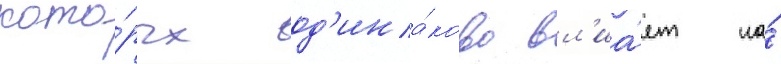
кото́рых од'ина́ково вл'иа́ет на́